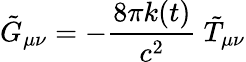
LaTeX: \tilde{G}_{\mu\nu}=-\frac{8\pi k(t)}{c^{2}}\ \tilde{T}_{\mu\nu}